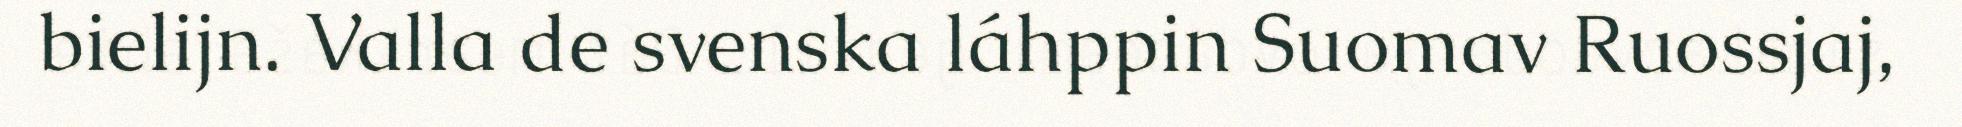
bielijn. Valla de svenska láhppin Suomav Ruossjaj,